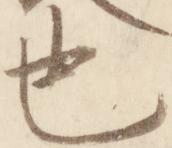
也